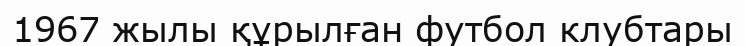
1967 жылы құрылған футбол клубтары